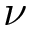
\nu